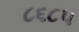
૮૬૮૫